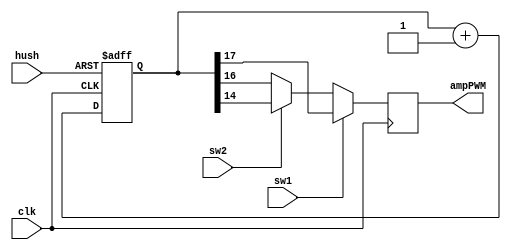
`timescale 1ns / 1ps
//////////////////////////////////////////////////////////////////////////////////
// Company: 
// Engineer: 
// 
// Design Name: 
// Module Name:    sonidovga 
// Project Name: 
// Target Devices: 
// Tool versions: 
// Description: 
//
// Dependencies: 
//
// Revision: 
// Revision 0.01 - File Created
// Additional Comments: 
//
//////////////////////////////////////////////////////////////////////////////////
module sonido(   input clk, 
   input hush,
	input sw1,sw2,
     //input [3:0] note, 
     output ampPWM //speaker port 
     ); 
	  localparam B=19;
	  reg [B-1:0] counter; //binary counter; 16 bits wide 
	  reg mascara;
    // The audio amplifier needs to be enabled, by 
    // default it will be disabled without this:   
     localparam TCQ = 1; 
 
 always @ (posedge clk or negedge hush) //en cada flanco positivo de reloj o flanco negativo de hush
	begin
     if ( hush == 1'b0) 
         counter <= 'b0; 
     else 
         counter <= counter + 19'd1; 
			end
			
 always @ (posedge clk ) 
	begin
     if (sw1==1'b1) //con sw1 y sw2 es posible controlar la frecuencia de la seal de salida
         mascara<=counter[17]; 
     else if (sw2==1'b1)
        mascara<=counter[14];
	  else
	  mascara<=counter[16];
			end
 
 assign ampPWM = mascara;   
endmodule